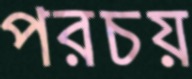
পরচয়